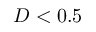
D < 0 . 5